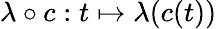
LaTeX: \lambda\circ c:t\mapsto\lambda(c(t))